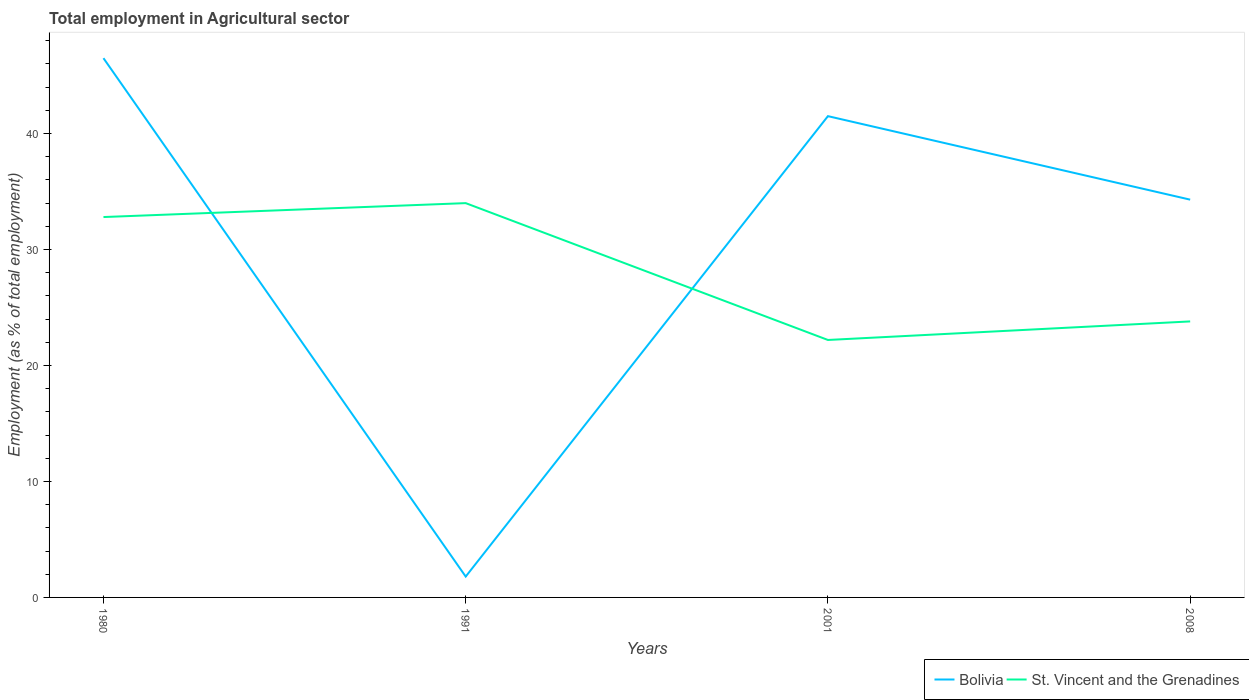
| Years | Bolivia | St. Vincent and the Grenadines |
 | --- | --- | --- |
 | 1980 | 46.5 | 32.8 |
 | 1991 | 1.8 | 34 |
 | 2001 | 41.5 | 22.2 |
 | 2008 | 34.3 | 23.8 |